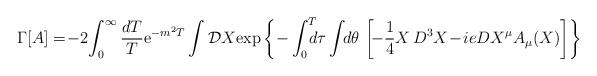
LaTeX: \begin{align*}\Gamma\lbrack A\rbrack = \! -2\! \int_0^{\infty} {dT\over T} {\rm e}^{-m^2T}\int {\cal D}X {\rm exp} \left\{ - \int_0^T \!\!\!\!d\tau\int\!\!d\theta \, \left[\!-{1\over 4}X\,D^3X \!-\!ie DX^{\mu}A_{\mu}(X) \right] \right\} \end{align*}